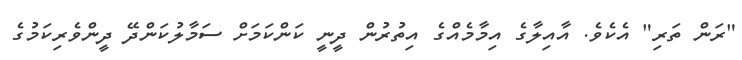
"ރަން ތަރި" އެކެވެ. އާއިލާގެ އިމާމެއްގެ އިތުރުން ދީނީ ކަންކަމަށް ސަމާލުކަންދޭ ދީންވެރިކަމުގެ